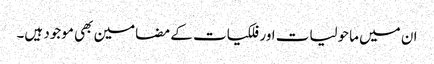
ان میں ماحولیات اور فلکیات کے مضامین بھی موجود ہیں۔